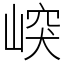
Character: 㟮